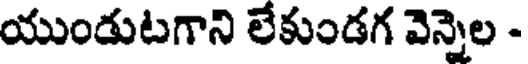
యుండుటగాని లేకుండగ వెన్నెల -